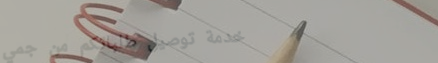
خدمة توصيل طلباتكم من جمي